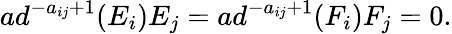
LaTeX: ad^{-a_{ij}+1}(E_{i})E_{j}=ad^{-a_{ij}+1}(F_{i})F_{j}=0.